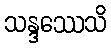
သန္ဒဿေသိ